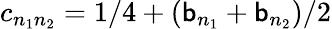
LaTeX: c_{n_{1}n_{2}}=1/4+(\mathsf{b}_{n_{1}}+\mathsf{b}_{n_{2}})/2